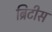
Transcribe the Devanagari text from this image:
ब्रिटीस